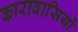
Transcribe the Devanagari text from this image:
कारावासियों